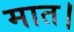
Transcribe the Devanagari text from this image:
मात।